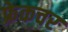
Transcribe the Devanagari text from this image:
फ्रेकचर